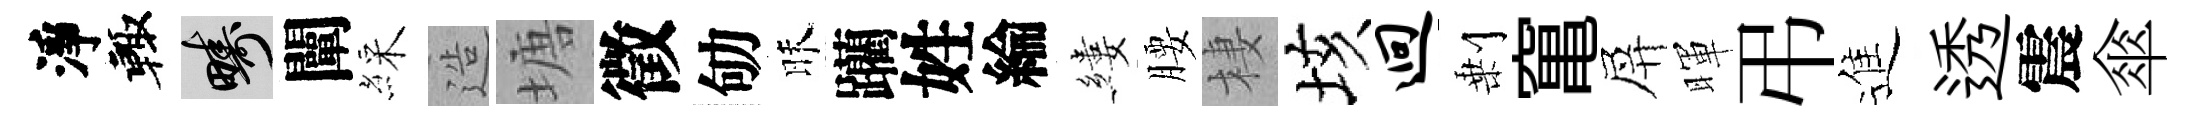
淨輙疇闡綵造塘徵劬昧躪姓綸縷腰棲垓迥剰𥧄屏暉弔進透震傘